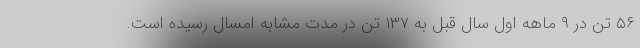
۵۶ تن در ۹ ماهه اول سال قبل به ۱۳۷ تن در مدت مشابه امسال رسیده است.